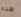
هذه